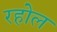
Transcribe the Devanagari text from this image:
रहोल